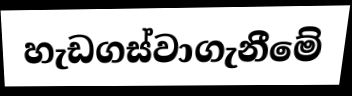
හැඩගස්වාගැනීමේ